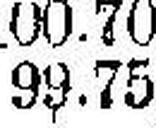
99.75